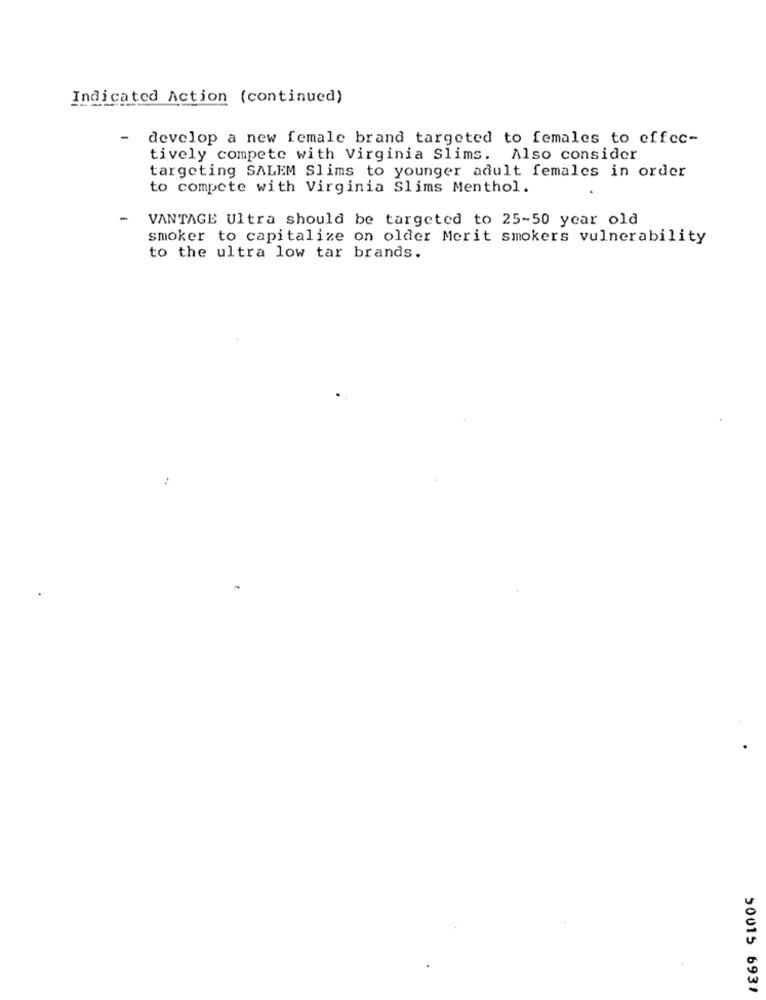
Indicated Action (continued)
develop a new female brand targeted to females to effec-
tively compete with Virginia Slims. Also consider
targeting SALEM Slims to younger adult females in order
to compete with Virginia Slims Menthol.
VANTAGE Ultra should be targeted to 25-50 year old
smoker to capitalize on older Merit smokers vulnerability
to the ultra low tar brands.
50015 6937